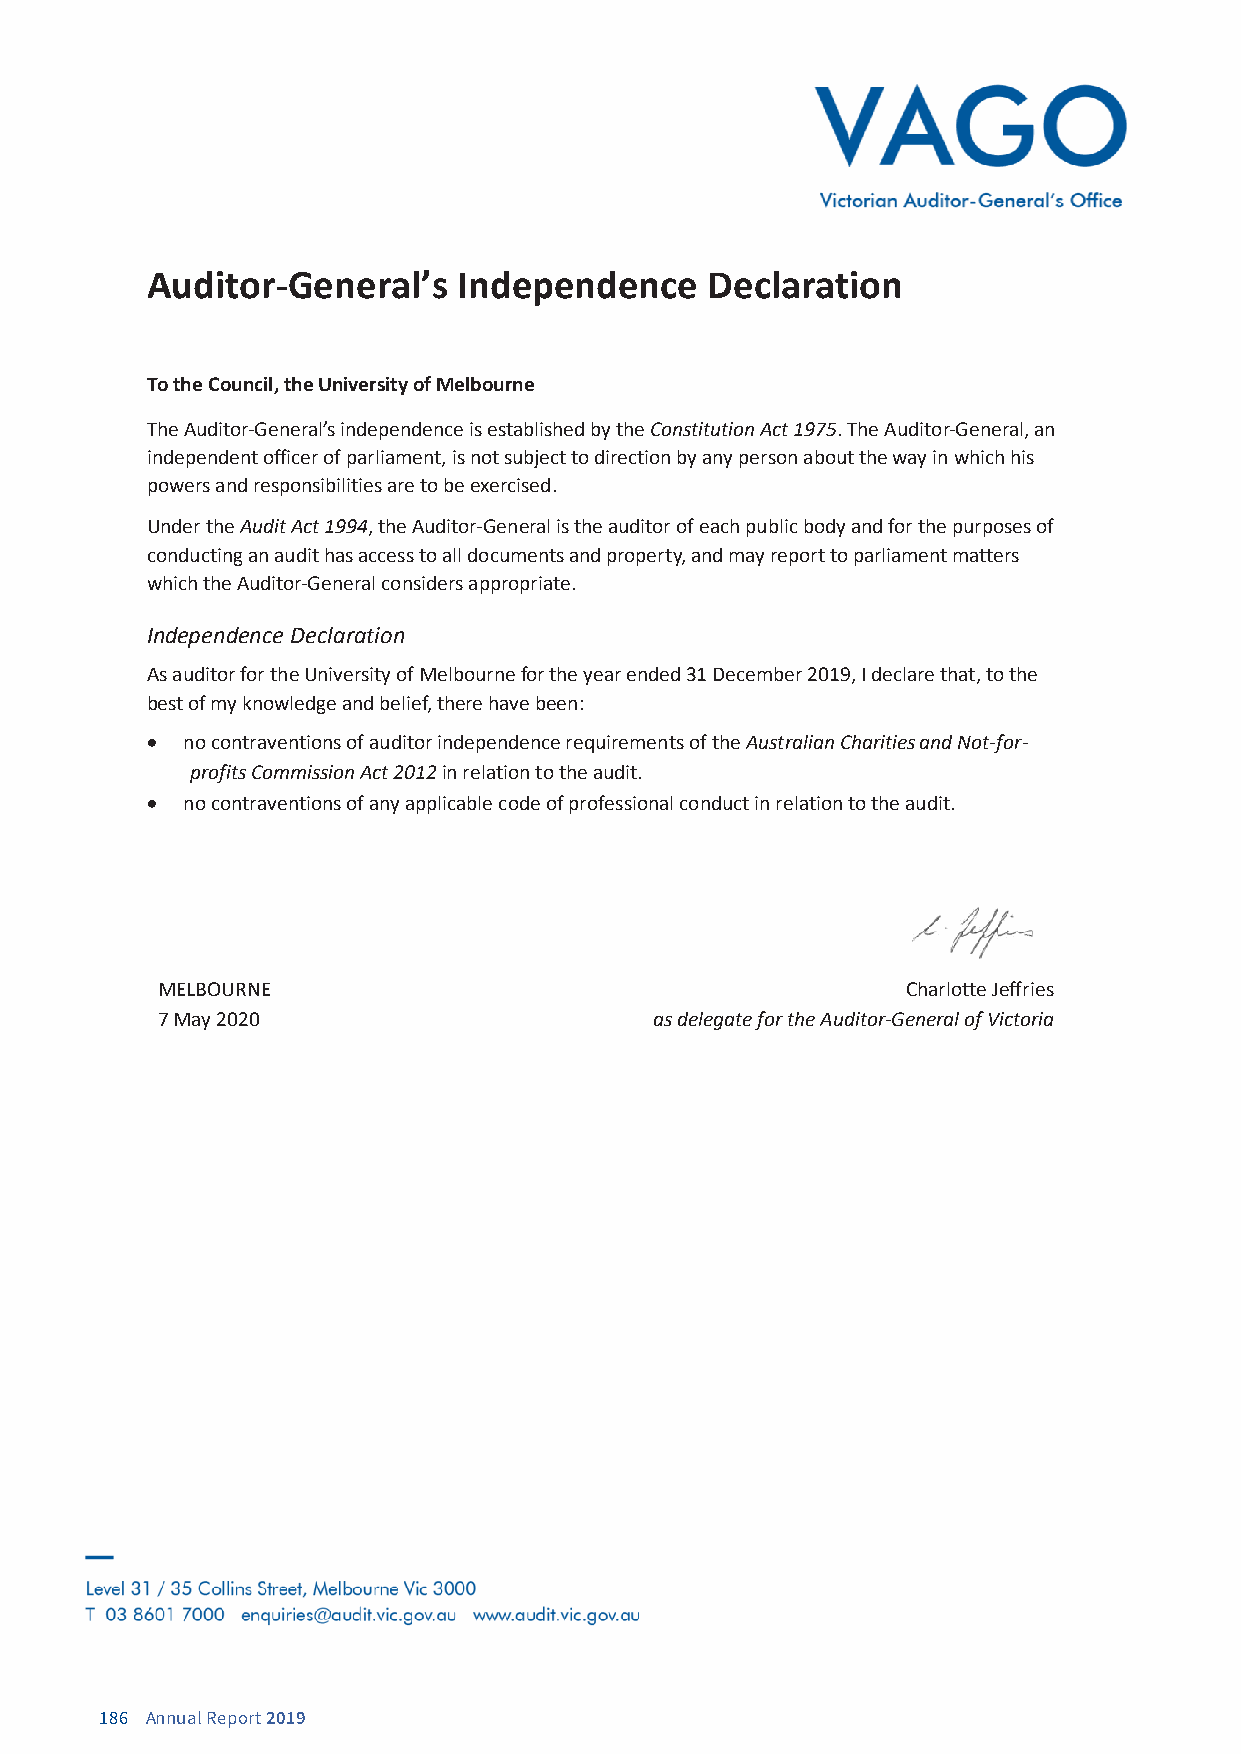
Auditor-General’s   Independence     Declaration
 To the Council, the University of Melbourne
 The Auditor-General’s independence is established by the Constitution Act 1975. The Auditor-General, an
 independent officer of parliament, is not subject to direction by any person about the way in which his
 powers and responsibilities are to be exercised.
 Under the Audit Act 1994, the Auditor-General is the auditor of each public body and for the purposes of
 conducting an audit has access to all documents and property, and may report to parliament matters
 which the Auditor-General considers appropriate.
 Independence Declaration
 As auditor for the University of Melbourne for the year ended 31 December 2019, I declare that, to the
 best of my knowledge and belief, there have been:
 • no contraventions of auditor independence requirements of the Australian Charities and Not-for-
 profits Commission Act 2012 in relation to the audit.
 • no contraventions of any applicable code of professional conduct in relation to the audit.
 MELBOURNE                                         Charlotte Jeffries
 7 May 2020                       as delegate for the Auditor-General of Victoria
 186 Annual Report 2019